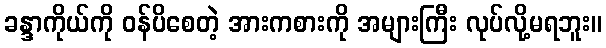
ခန္ဒာကိုယ်ကို ဝန်ပိစေတဲ့ အားကစားကို အများကြီး လုပ်လို့မရဘူး။